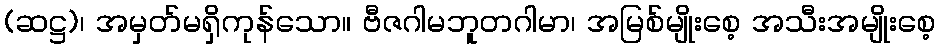
(ဆဋ္ဌ)၊ အမှတ်မရှိကုန်သော။ ဗီဇဂါမဘူတဂါမာ၊ အမြစ်မျိုးစေ့ အသီးအမျိုးစေ့